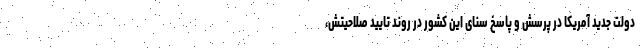
دولت جدید آمریکا در پرسش و پاسخ سنای این کشور در روند تایید صلاحیتش،